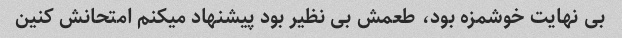
بی نهایت خوشمزه بود، طعمش بی نظیر بود پیشنهاد میکنم امتحانش کنین